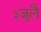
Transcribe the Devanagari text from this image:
३जुलै